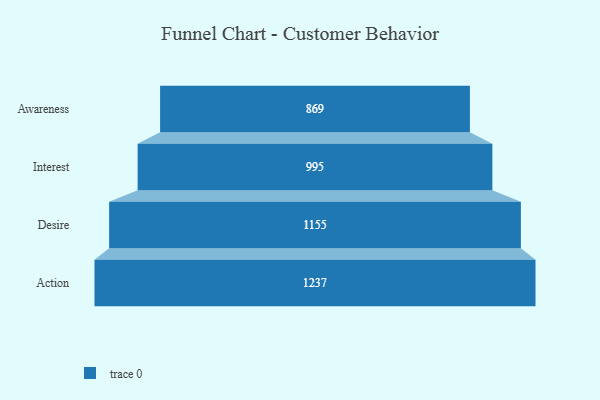
{"axis": {"x": "Stage", "y": "Value"}, "legend": [""], "data": [{"x": "Awareness", "y": 869.0, "type": ""}, {"x": "Interest", "y": 995.0, "type": ""}, {"x": "Desire", "y": 1155.0, "type": ""}, {"x": "Action", "y": 1237.0, "type": ""}]}